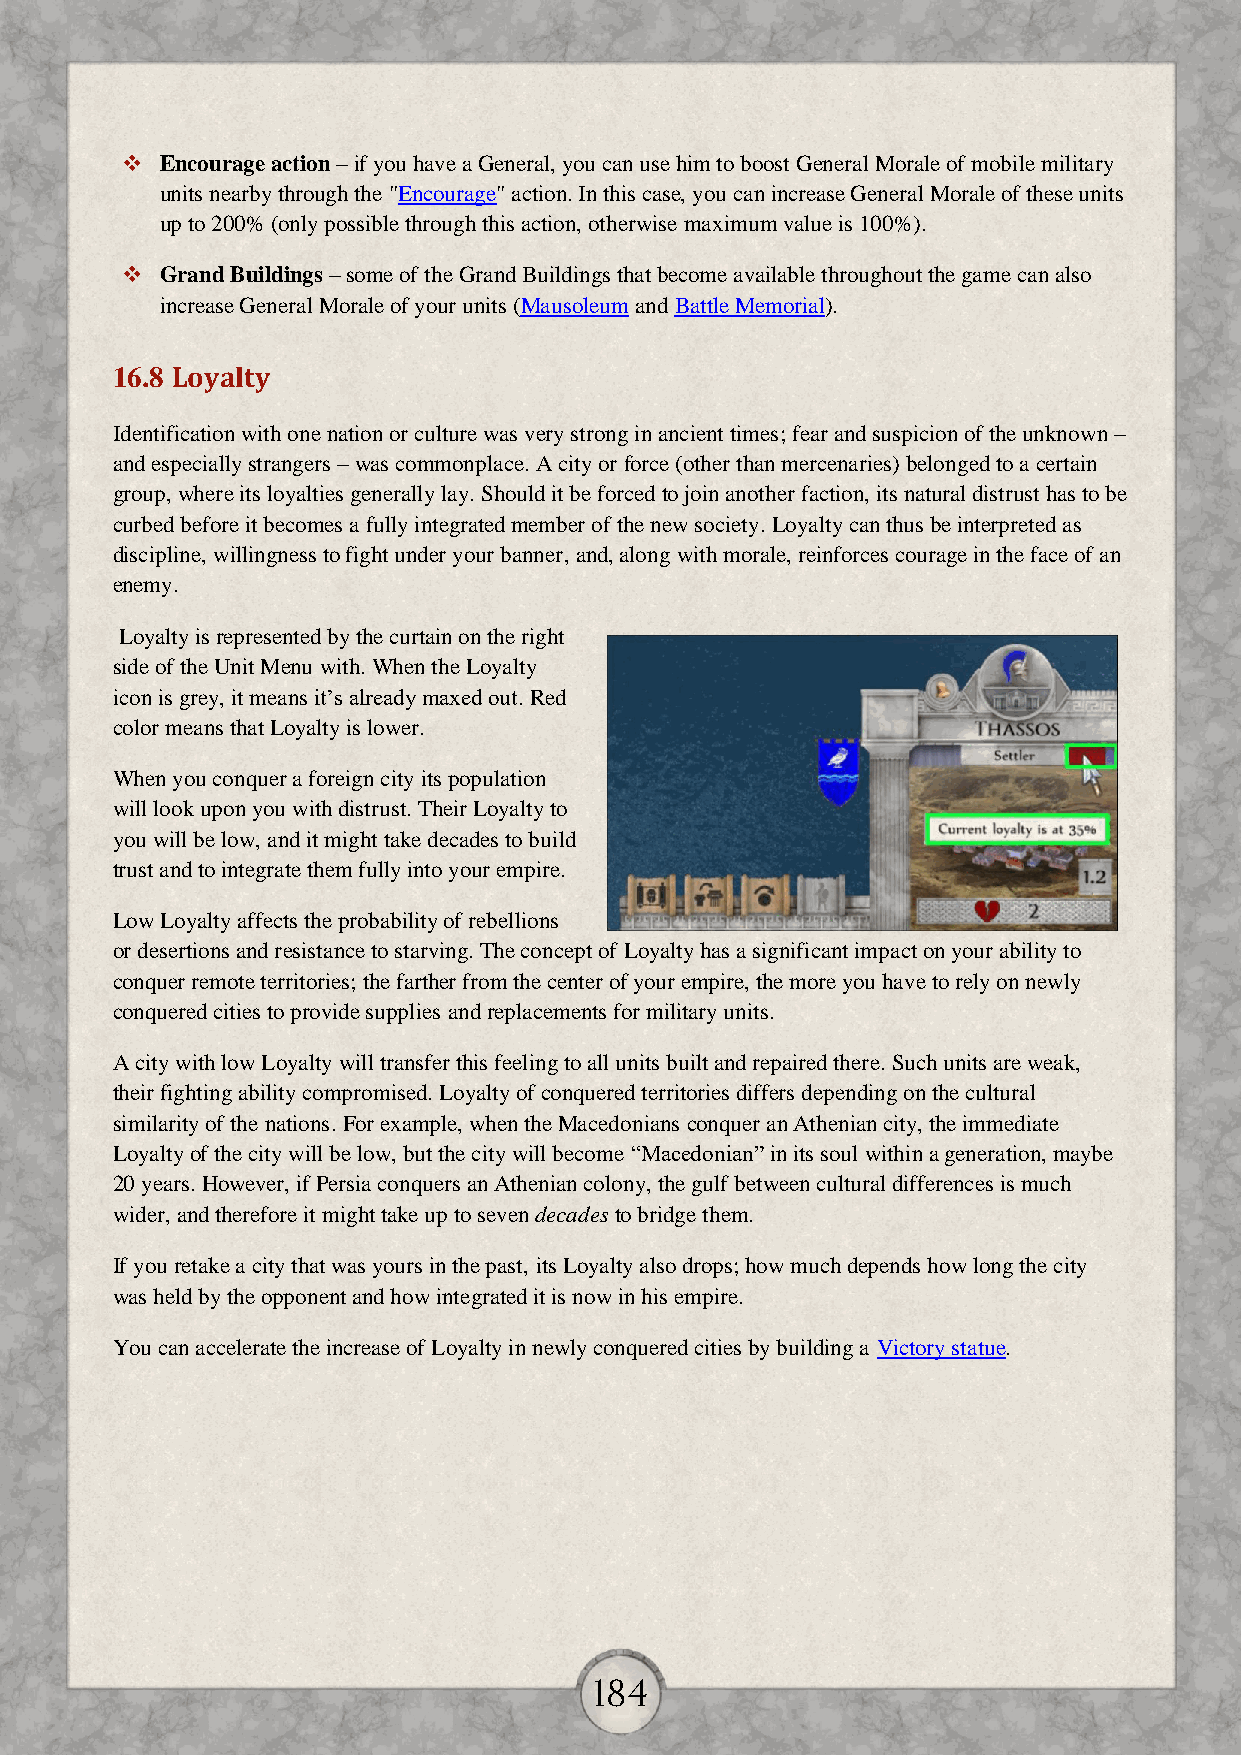
  Encourage action – if you have a General, you can use him to boost General Morale of mobile military
 units nearby through the "Encourage" action. In this case, you can increase General Morale of these units
 up to 200% (only possible through this action, otherwise maximum value is 100%).
   Grand Buildings – some of the Grand Buildings that become available throughout the game can also
 increase General Morale of your units (Mausoleum and Battle Memorial).
 16.8 Loyalty
 Identification with one nation or culture was very strong in ancient times; fear and suspicion of the unknown –
 and especially strangers – was commonplace. A city or force (other than mercenaries) belonged to a certain
 group, where its loyalties generally lay. Should it be forced to join another faction, its natural distrust has to be
 curbed before it becomes a fully integrated member of the new society. Loyalty can thus be interpreted as
 discipline, willingness to fight under your banner, and, along with morale, reinforces courage in the face of an
 enemy.
 Loyalty is represented by the curtain on the right
 side of the Unit Menu with. When the Loyalty
 icon is grey, it means it’s already maxed out. Red
 color means that Loyalty is lower.
 When you conquer a foreign city its population
 will look upon you with distrust. Their Loyalty to
 you will be low, and it might take decades to build
 trust and to integrate them fully into your empire.
 Low Loyalty affects the probability of rebellions
 or desertions and resistance to starving. The concept of Loyalty has a significant impact on your ability to
 conquer remote territories; the farther from the center of your empire, the more you have to rely on newly
 conquered cities to provide supplies and replacements for military units.
 A city with low Loyalty will transfer this feeling to all units built and repaired there. Such units are weak,
 their fighting ability compromised. Loyalty of conquered territories differs depending on the cultural
 similarity of the nations. For example, when the Macedonians conquer an Athenian city, the immediate
 Loyalty of the city will be low, but the city will become “Macedonian” in its soul within a generation, maybe
 20 years. However, if Persia conquers an Athenian colony, the gulf between cultural differences is much
 wider, and therefore it might take up to seven decades to bridge them.
 If you retake a city that was yours in the past, its Loyalty also drops; how much depends how long the city
 was held by the opponent and how integrated it is now in his empire.
 You can accelerate the increase of Loyalty in newly conquered cities by building a Victory statue.
 184